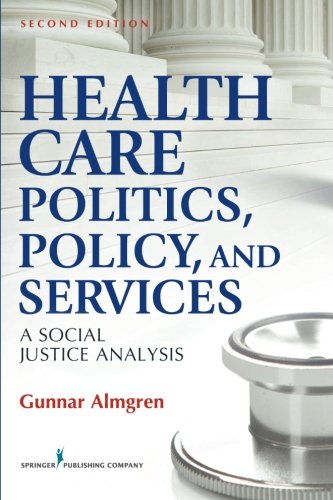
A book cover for Health Care Politics, Policy and Services: A Social Justice Analysis, Second Edition; Gunnar Almgren MSW  PhD; Medical Books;